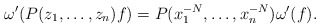
\begin{align*}\omega'( P(z_1,\dots,z_n) f ) = P(x_1^{-N},\dots,x_n^{-N})\omega'( f ). \end{align*}